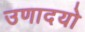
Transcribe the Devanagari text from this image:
उणादयो